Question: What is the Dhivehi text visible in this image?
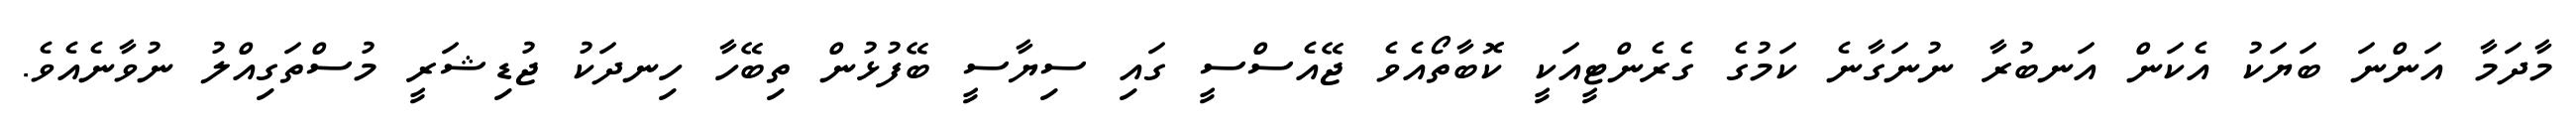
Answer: މާދަމާ އަންނަ ބަޔަކު އެކަން އަނބުރާ ނުނަގާނެ ކަމުގެ ގެރެންޓީއަކީ ކޮބާތޯއެވެ ޖޭއެސްސީ ގައި ސިޔާސީ ބޭފުޅުން ތިބޭހާ ހިނދަކު ޖުޑިޝަރީ މުސްތަގިއްލު ނުވާނެއެވެ.